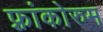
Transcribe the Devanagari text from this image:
फ़्रांकोरुम